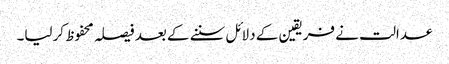
عدالت نے فریقین کے دلائل سننے کے بعد فیصلہ محفوظ کرلیا۔